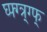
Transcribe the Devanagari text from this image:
घ्फ्ग्त्र्ग्फ्